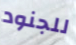
للجنود